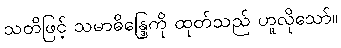
သတိဖြင့် သမာဓိန္ဒြေကို ထုတ်သည် ဟူလိုသော်။